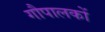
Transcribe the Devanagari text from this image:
गौपालकों